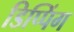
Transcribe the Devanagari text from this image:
डिप्पिंग